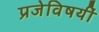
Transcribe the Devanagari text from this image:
प्रजेविषयीं